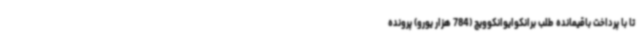
تا با پرداخت باقیمانده طلب برانکوایوانکوویچ (784 هزار یورو) پرونده